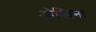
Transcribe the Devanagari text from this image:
ओस्पिना